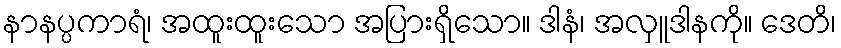
နာနပ္ပကာရံ၊ အထူးထူးသော အပြားရှိသော။ ဒါနံ၊ အလှူဒါနကို။ ဒေတိ၊